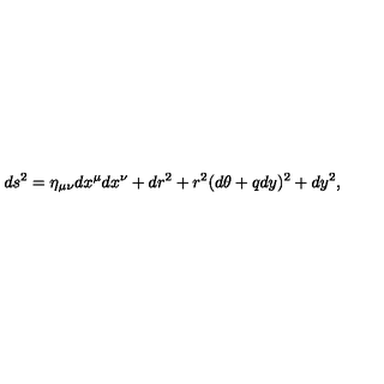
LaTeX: d s ^ { 2 } = \eta _ { \mu \nu } d x ^ { \mu } d x ^ { \nu } + d r ^ { 2 } + r ^ { 2 } ( d \theta + q d y ) ^ { 2 } + d y ^ { 2 } ,